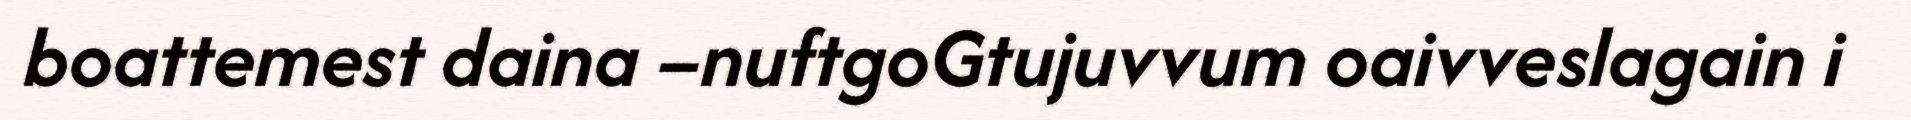
boattemest daina –nuftgoGtujuvvum oaivveslagain i